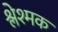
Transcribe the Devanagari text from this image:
श्लेश्मक